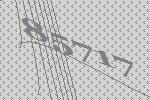
85717